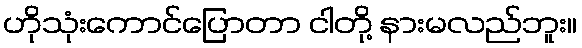
ဟိုသုံးကောင်ပြောတာ ငါတို့ နားမလည်ဘူး။